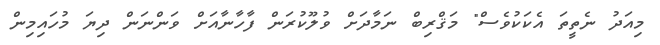
މިއަދު ނެތީތަ އެކަކުވެސް" މަޤްރިބް ނަމާދަށް ވުލޫކުރަން ފާހާނާއަށް ވަންނަން ދިޔަ މުހައިމިން